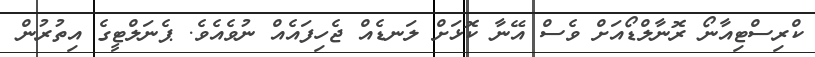
ކްރިސްޓިއާނޯ ރޮނާލްޑޯއަށް ވެސް އޭނާ ކޮޅަށް ލަނޑެއް ޖެހިފައެއް ނުވެއެވެ. ޕެނަލްޓީގެ އިތުރުން